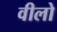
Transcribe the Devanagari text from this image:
वीलो